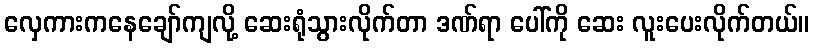
လှေကားကနေချော်ကျလို့ ဆေးရုံသွားလိုက်တာ ဒဏ်ရာ ပေါ်ကို ဆေး လူးပေးလိုက်တယ်။